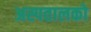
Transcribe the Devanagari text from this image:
अस्पतालको